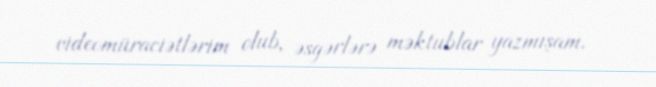
videomüraciətlərim olub, əsgərlərə məktublar yazmışam.